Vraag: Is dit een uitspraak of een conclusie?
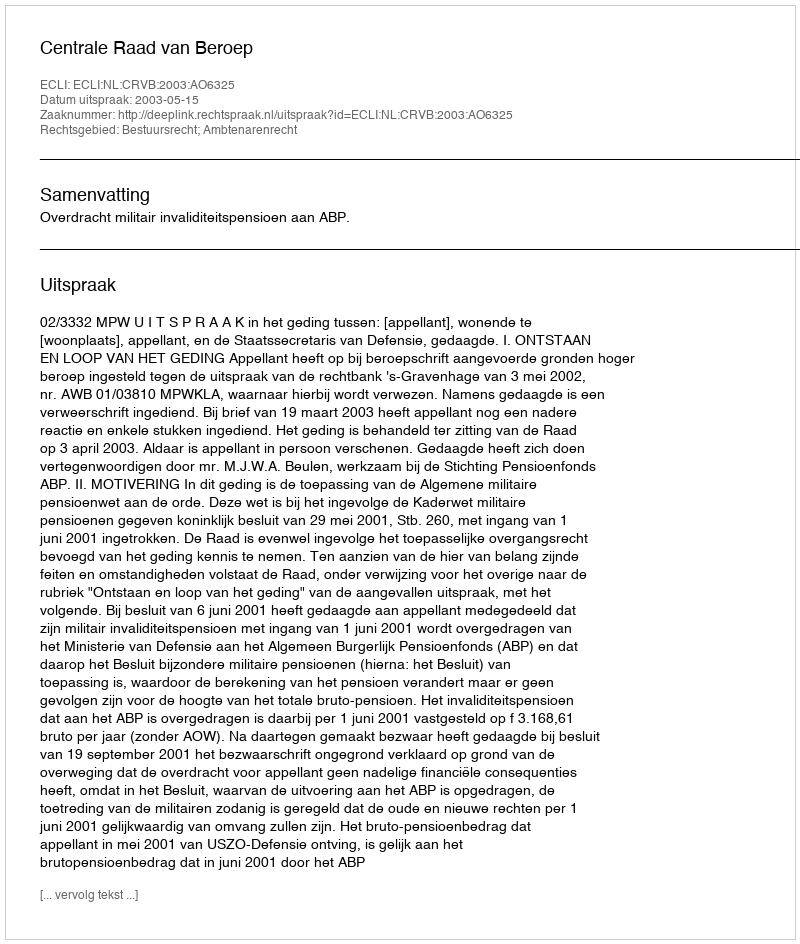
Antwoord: Uitspraak